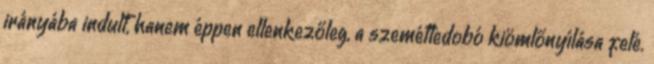
irányába indult, hanem éppen ellenkezőleg, a szemétledobó kiömlőnyílása felé.